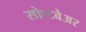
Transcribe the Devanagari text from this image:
सोप्टवेअर